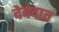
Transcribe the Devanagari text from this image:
देवदात